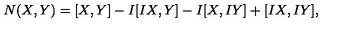
N ( X , Y ) = [ X , Y ] - I [ I X , Y ] - I [ X , I Y ] + [ I X , I Y ] ,